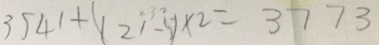
3 5 4 1 + ( 2 1 - 5 ) \times 2 = 3 7 7 3